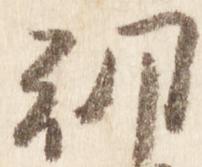
朝